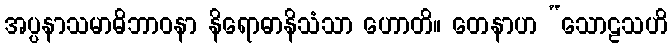
အပ္ပနာသမာဓိဘာဝနာ နိရောဓာနိသံသာ ဟောတိ။ တေနာဟ “သောဠသဟိ